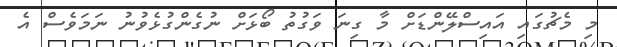
މި މެޗުގައި އައިސްލޭންޑަށް މާ ގިނަ ވަގުތު ބޯޅަށް ނުގެންގުޅެވުނު ނަމަވެސް އެ